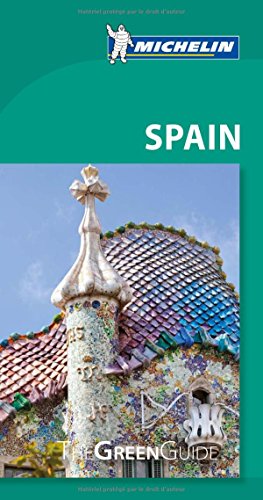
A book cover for Michelin Green Guide Spain; Michelin; Travel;